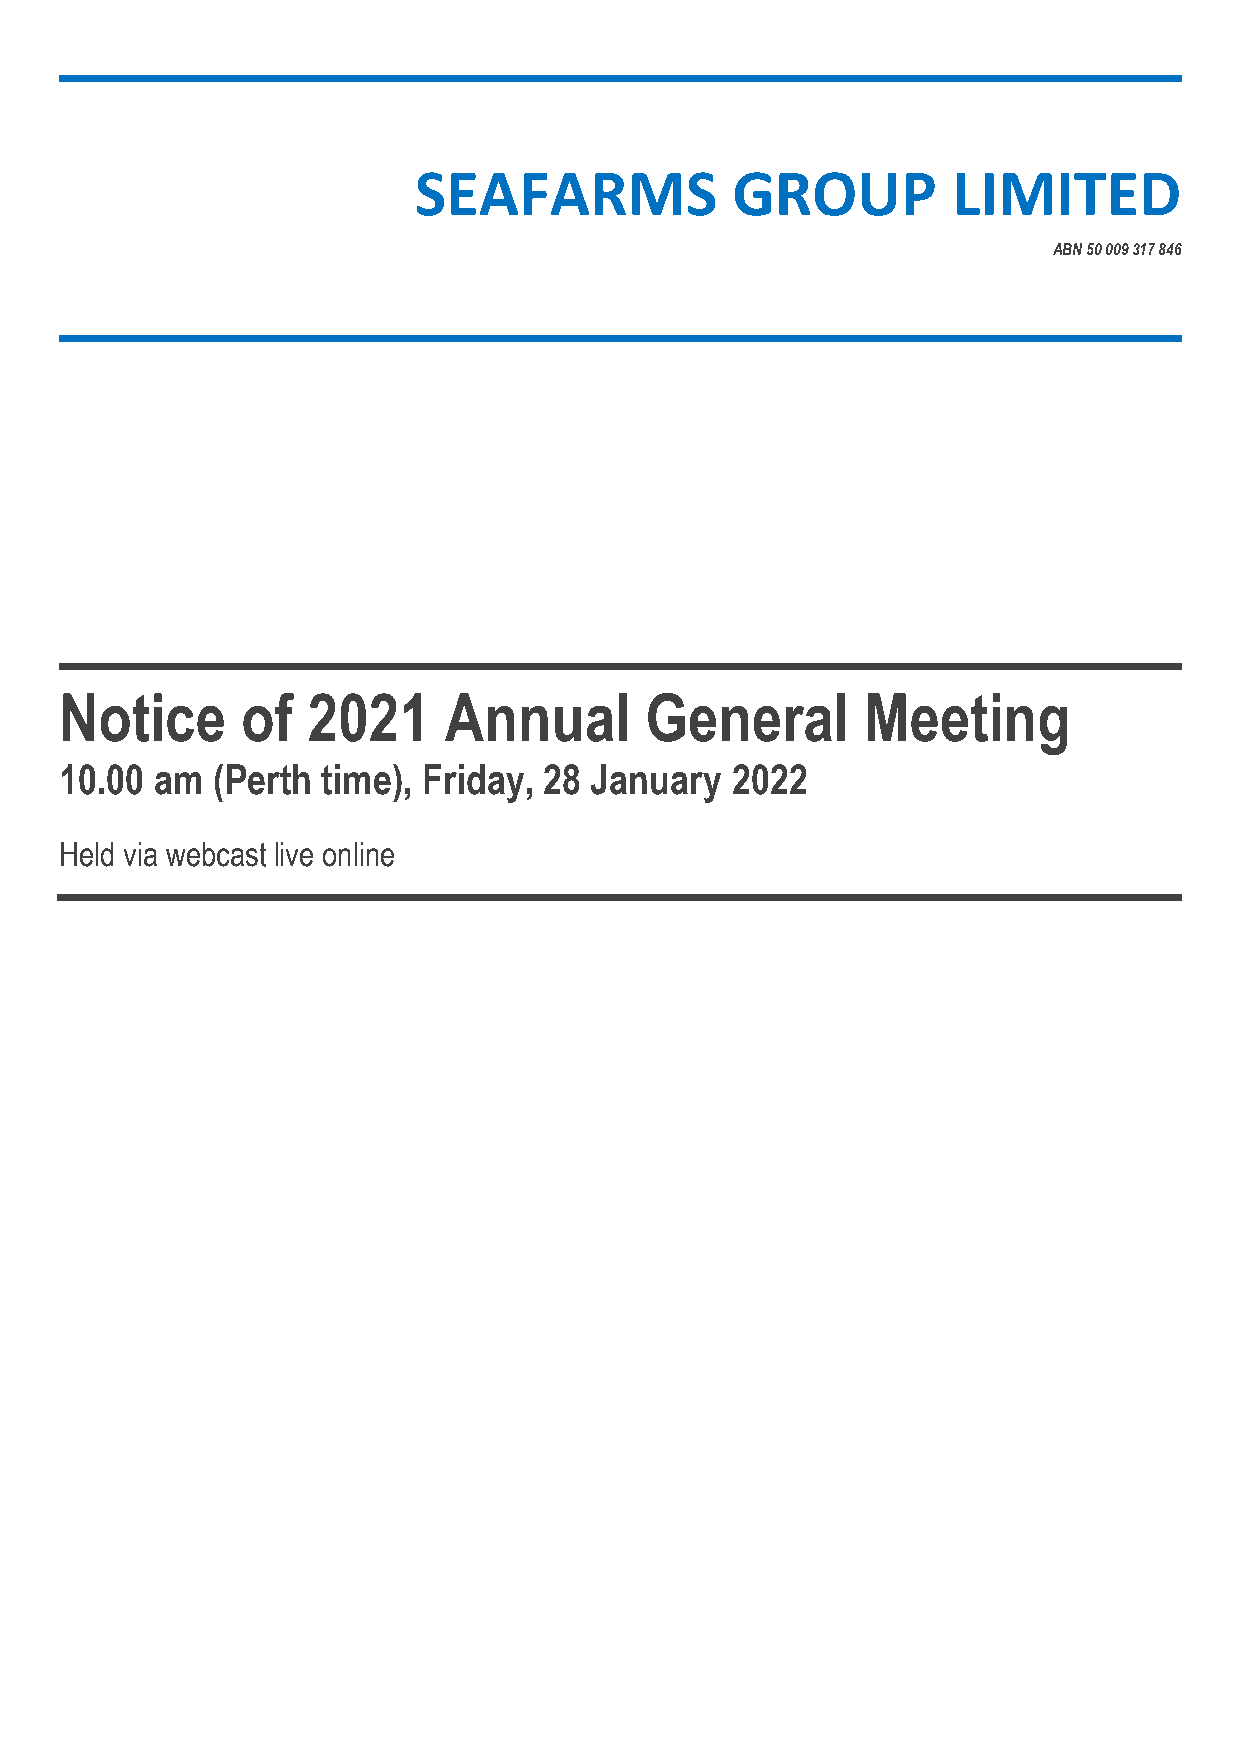
SEAFARMS             GROUP          LIMITED
 ABN 50 009 317 846
 Notice      of  2021     Annual        General       Meeting
 10.00 am  (Perth time), Friday, 28 January  2022
 Held via webcast live online